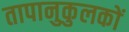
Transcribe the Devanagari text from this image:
तापानुकुलकों